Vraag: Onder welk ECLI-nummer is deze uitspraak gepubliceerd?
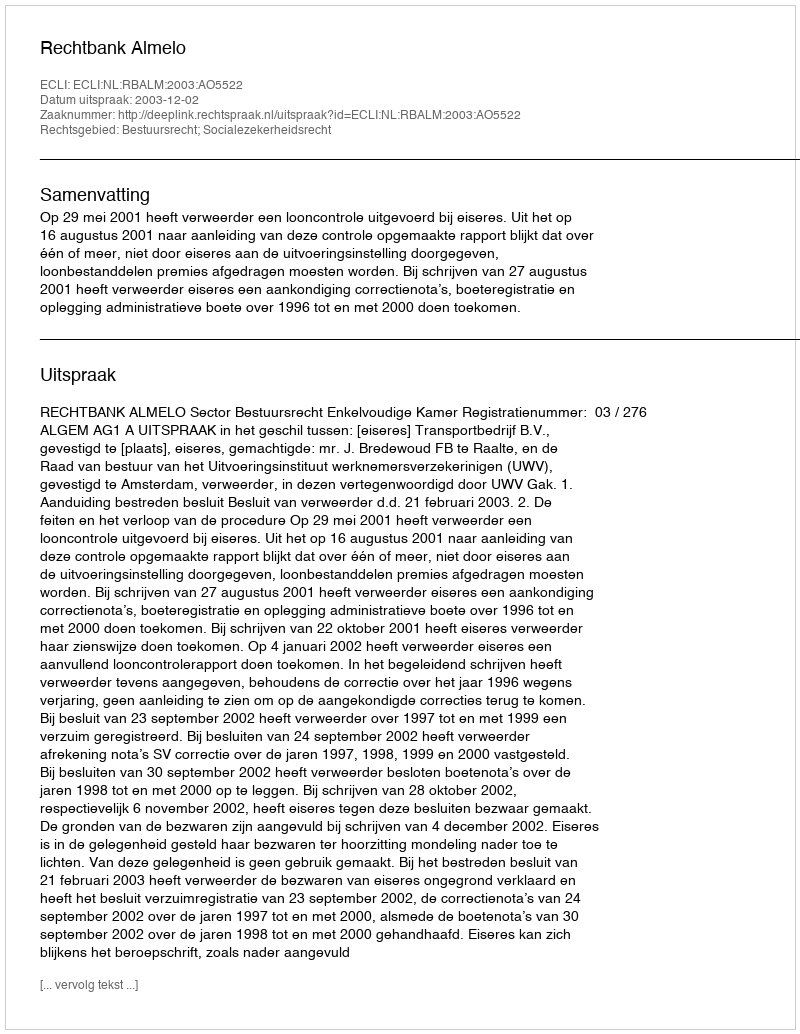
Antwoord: ECLI:NL:RBALM:2003:AO5522